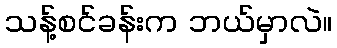
သန့်စင်ခန်းက ဘယ်မှာလဲ။